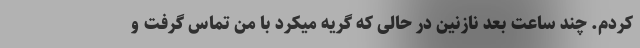
کردم. چند ساعت بعد نازنین در حالی که گریه میکرد با من تماس گرفت و